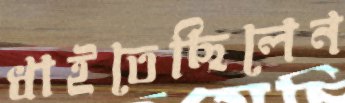
ধাইতেছিলেন